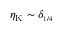
\eta _ { \mathrm { K } } \sim \delta _ { \scriptscriptstyle { 1 / 4 } }